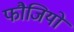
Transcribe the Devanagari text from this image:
फौजियो